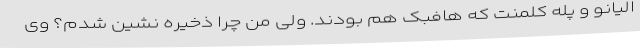
الیانو و پله کلمنت که هافبک هم بودند. ولی من چرا ذخیره نشین شدم؟ وی